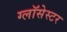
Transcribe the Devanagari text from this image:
ग्लॉसेस्टर